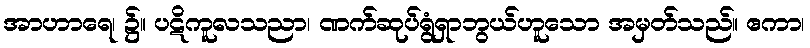
အာဟာရေ၊ ၌။ ပဋိကူလသညာ၊ ဏက်ဆုပ်ရွံရှာဘွယ်ဟူသော အမှတ်သည်။ ဧကာ၊